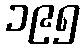
၁၉၅